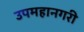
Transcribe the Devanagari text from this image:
उपमहानगरी